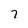
Character: 7